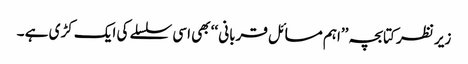
زیر نظر کتابچہ ’’اہم مسائل قربانی ‘‘ بھی اسی سلسلے کی ایک کڑی ہے ۔